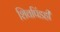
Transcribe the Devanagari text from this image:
शिवपिंडही